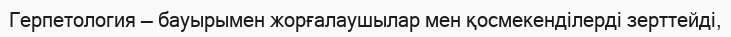
Герпетология — бауырымен жорғалаушылар мен қосмекенділерді зерттейді,